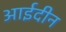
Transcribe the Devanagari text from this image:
आईदीन